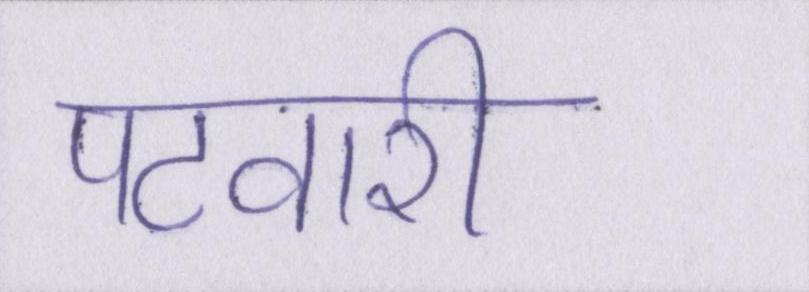
पटवारी